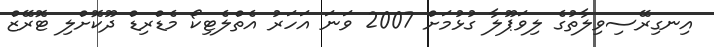
އިނގިރޭސިވިލާތުގެ ލިވަޕޫލާ ގުޅުމަށް 2007 ވަނަ އަހަރު އެތްލެޓިކޯ މެޑްރިޑް ދޫކޮށްލި ޓޮރޭޒް